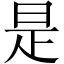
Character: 是